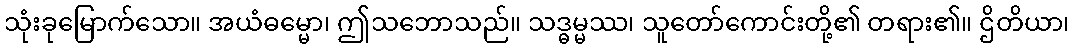
သုံးခုမြောက်သော။ အယံဓမ္မော၊ ဤသဘောသည်။ သဒ္ဓမ္မဿ၊ သူတော်ကောင်းတို့၏ တရား၏။ ဌိတိယာ၊